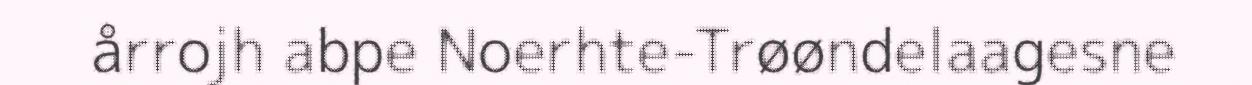
årrojh abpe Noerhte-Trøøndelaagesne